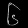
Digit: ၆